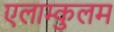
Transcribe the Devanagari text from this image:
एलाम्कुलम